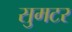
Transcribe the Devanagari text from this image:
सुमटर